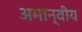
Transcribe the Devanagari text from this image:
अमान्वीय